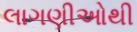
લાગણીઓથી